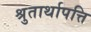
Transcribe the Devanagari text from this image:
श्रुतार्थापत्ति